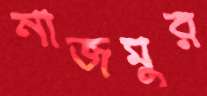
নাজমুর